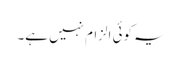
یہ کوئی الزام نہیں ہے۔